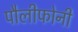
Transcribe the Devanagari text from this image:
पौलीफोनी